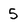
Character: 5